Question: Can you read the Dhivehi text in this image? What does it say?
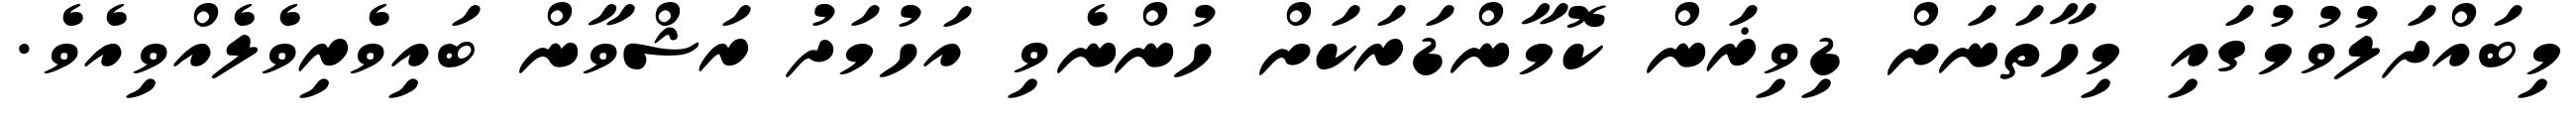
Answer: މިބައްދަލުވުމުގައި މިހާތަނަށް ޑިވިޜަން ކޮމާންޑަރަކަށް ހުންނެވި އަހުމަދު ރަޝްވާން ބައިވެރިވެލެއްވިއެވެ.